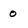
Character: 0